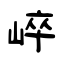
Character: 崪